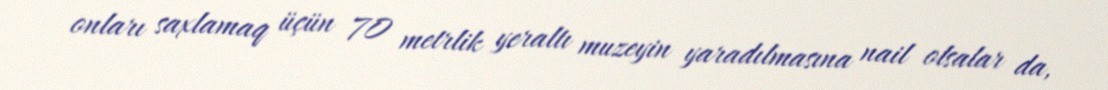
onları saxlamaq üçün 70 metrlik yeraltı muzeyin yaradılmasına nail olsalar da,